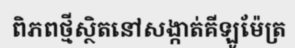
ពិភពថ្មីស្ថិតនៅសង្កាត់គីឡូម៉ែត្រ